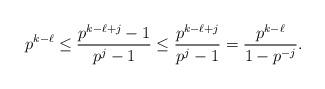
LaTeX: \begin{align*}p^{k-\ell} \le \frac{p^{k-\ell+j}-1}{p^j-1} \le \frac{p^{k-\ell+j}}{p^j-1} = \frac{p^{k-\ell}}{1-p^{-j}}.\end{align*}